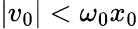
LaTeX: |v_{0}|<\omega_{0}x_{0}